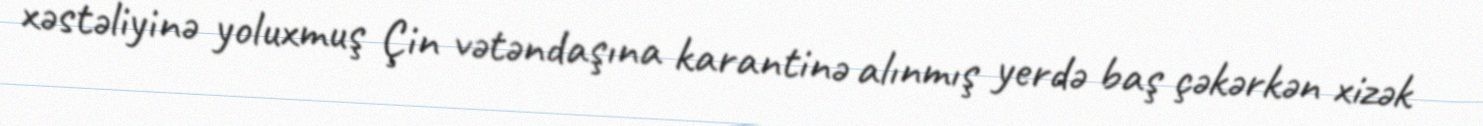
xəstəliyinə yoluxmuş Çin vətəndaşına karantinə alınmış yerdə baş çəkərkən xizək